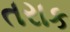
તરાક